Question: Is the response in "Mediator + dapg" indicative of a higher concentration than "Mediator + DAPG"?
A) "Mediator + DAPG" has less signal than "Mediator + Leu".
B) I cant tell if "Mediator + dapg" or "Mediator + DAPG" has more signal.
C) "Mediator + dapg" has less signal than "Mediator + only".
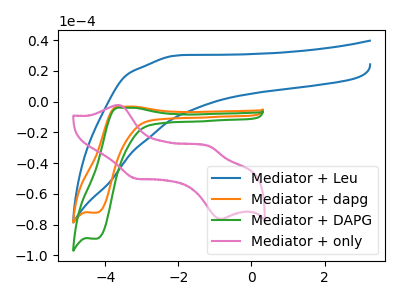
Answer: <think>The blue curve "Mediator + Leu" has no peaks. The orange curve "Mediator + dapg" has an anodic peak at (-3.55V, -3.20uA) and a cathodic peak at (-4.25V, -72.25uA). The green curve "Mediator + DAPG" has an anodic peak at (-3.55V, -4.00uA) and a cathodic peak at (-4.25V, -89.20uA). The pink curve "Mediator + only" has anodic peaks at (-3.65V, -2.15uA) (-1.15V, -29.25uA) and cathodic peaks at (-3.15V, -49.95uA) (-0.85V, -76.30uA).
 All the peaks in "Mediator + dapg" have a peak in "Mediator + DAPG" at the same potential.</think>
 <answer>B) I cant tell if "Mediator + dapg" or "Mediator + DAPG" has more signal.</answer>
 <eval>B</eval>